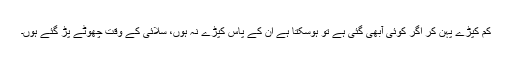
کم کپڑے پہن کر اگر کوئی آبھی گئی ہے تو ہوسکتا ہے ان کے پاس کپڑے نہ ہوں، سلائی کے وقت چھوٹے پڑ گئے ہوں۔